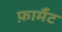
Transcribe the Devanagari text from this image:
फ़ार्मैट